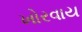
ખોરવાય